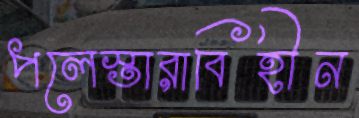
পলেস্তারাবিহীন